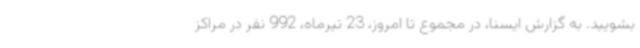
بشویید. به گزارش ایسنا، در مجموع تا امروز، 23 تیرماه، 992 نفر در مراکز